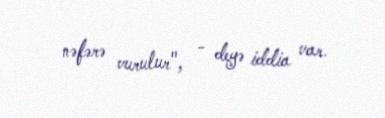
nəfərə vurulur", - deyə iddia var.